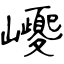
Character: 巎